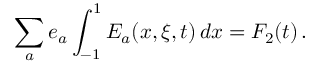
\sum _ { a } e _ { a } \int _ { - 1 } ^ { 1 } E _ { a } ( x , \xi , t ) \, d x = F _ { 2 } ( t ) \, .